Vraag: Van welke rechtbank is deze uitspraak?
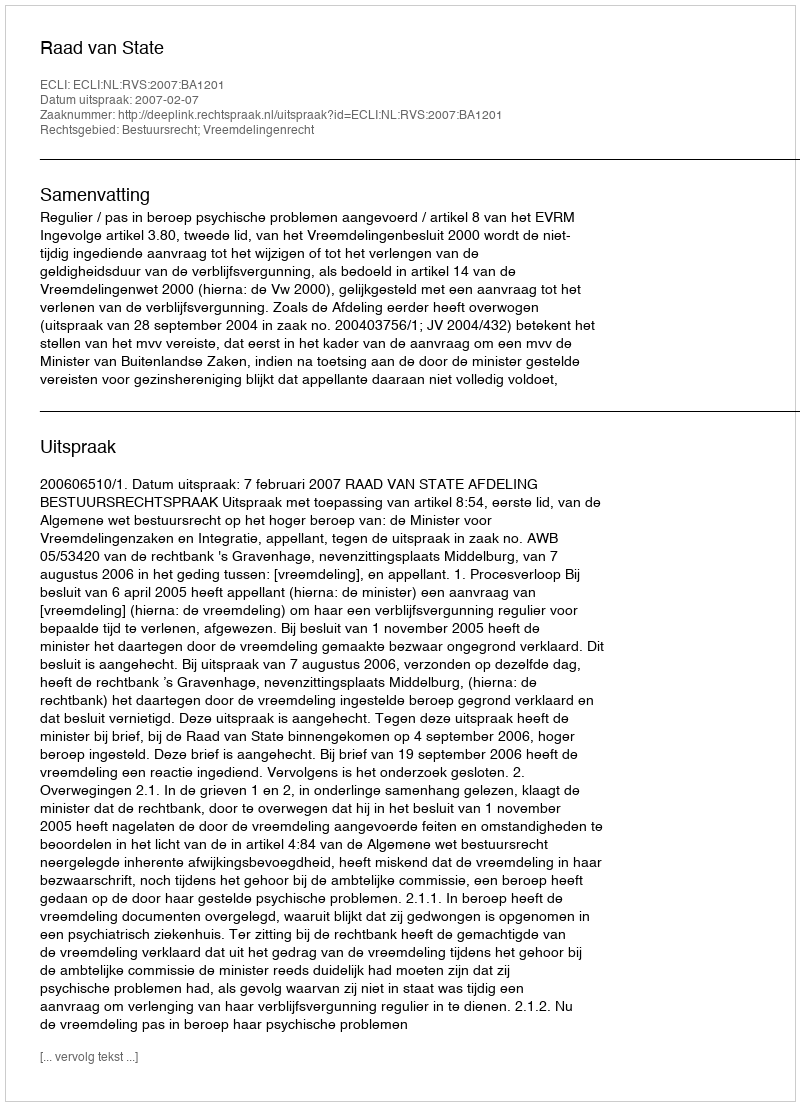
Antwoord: Raad van State